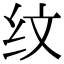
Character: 纹